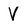
Character: V